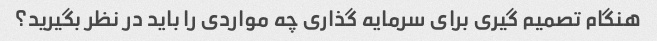
هنگام تصمیم گیری برای سرمایه گذاری چه مواردی را باید در نظر بگیرید؟